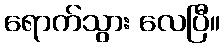
ရောက်သွား လေပြီ။